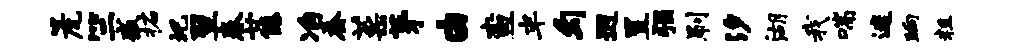
篪竺盛柘圯翌春廿倦冶蚕菜茅由查半勾迥置强刷汐湖我喘迷晌粗